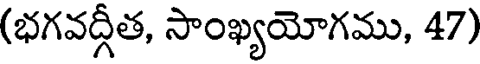
(భగవద్గీత, సాంఖ్యయోగము, 47)